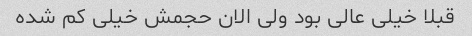
قبلا خیلی عالی بود ولی الان حجمش خیلی کم شده